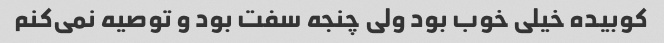
کوبیده خیلی خوب بود ولی چنجه سفت بود و توصیه نمی‌کنم